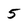
Character: 5